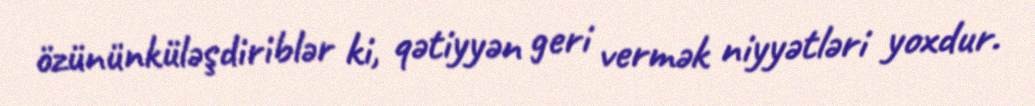
özününküləşdiriblər ki, qətiyyən geri vermək niyyətləri yoxdur.